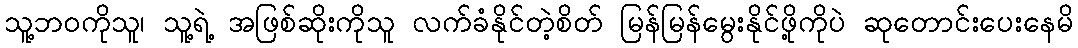
သူ့ဘဝကိုသူ၊ သူ့ရဲ့ အဖြစ်ဆိုးကိုသူ လက်ခံနိုင်တဲ့စိတ် မြန်မြန်မွေးနိုင်ဖို့ကိုပဲ ဆုတောင်းပေးနေမိ